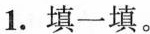
1.填一填。